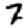
Digit: 7